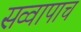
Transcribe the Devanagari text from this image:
सव्वापाच